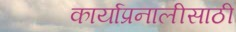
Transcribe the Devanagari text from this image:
कार्याप्रनालीसाठी